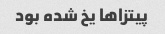
پیتزا‌ها یخ شده بود